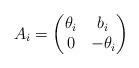
LaTeX: \begin{align*}A_i=\begin{pmatrix}\theta_i&b_i\\ 0&-\theta_i\end{pmatrix}\end{align*}